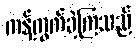
ကန့်ကွက်ခဲ့ကြသည်